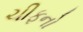
ચીફનો